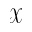
\mathcal { X }